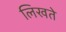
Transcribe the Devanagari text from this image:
लिखते